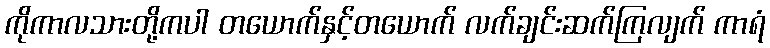
ကိုကာလသားတို့ကပါ တယောက်နှင့်တယောက် လက်ချင်းဆက်ကြလျက် ကာရံ